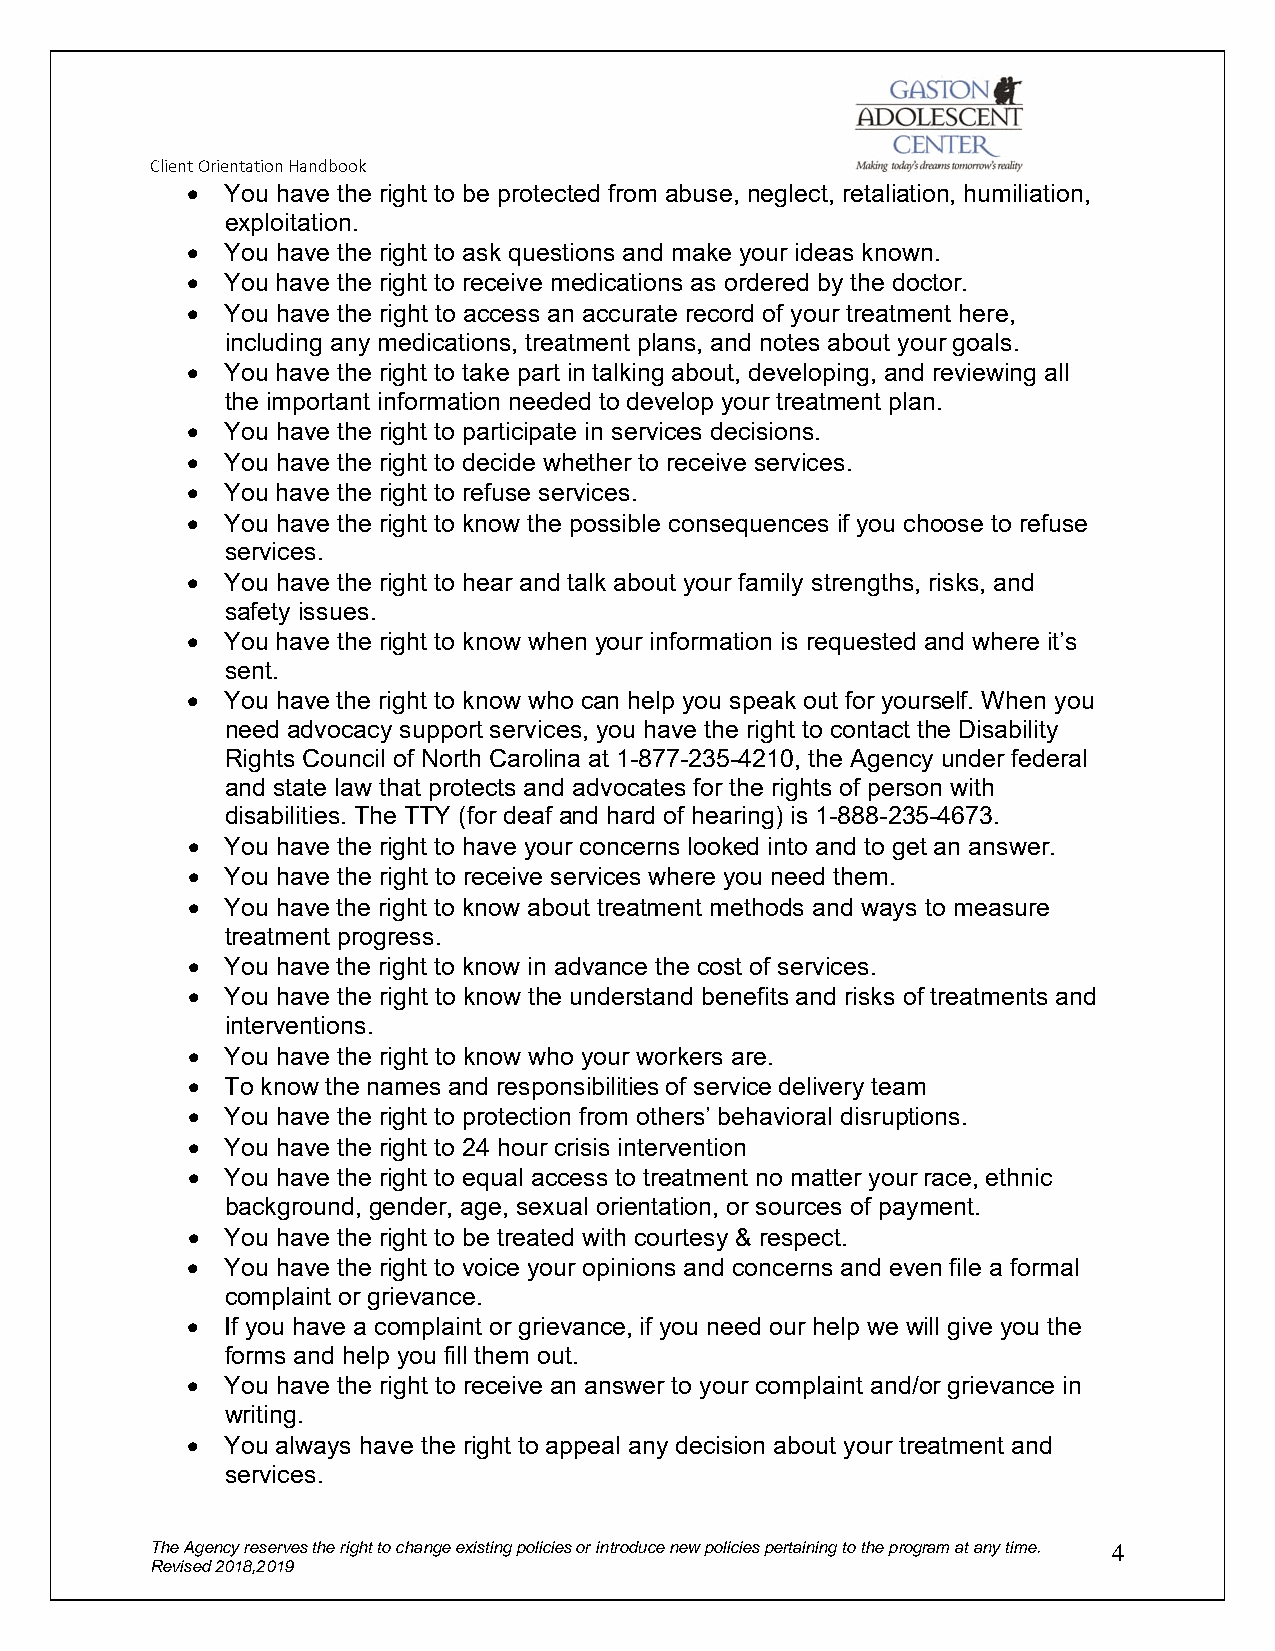
Client Orientation Handbook
   You have the right to be protected from abuse, neglect, retaliation, humiliation,
 exploitation.
   You have the right to ask questions and make your ideas known.
   You have the right to receive medications as ordered by the doctor.
   You have the right to access an accurate record of your treatment here,
 including any medications, treatment plans, and notes about your goals.
   You have the right to take part in talking about, developing, and reviewing all
 the important information needed to develop your treatment plan.
   You have the right to participate in services decisions.
   You have the right to decide whether to receive services.
   You have the right to refuse services.
   You have the right to know the possible consequences if you choose to refuse
 services.
   You have the right to hear and talk about your family strengths, risks, and
 safety issues.
   You have the right to know when your information is requested and where it’s
 sent.
   You have the right to know who can help you speak out for yourself. When you
 need advocacy support services, you have the right to contact the Disability
 Rights Council of North Carolina at 1-877-235-4210, the Agency under federal
 and state law that protects and advocates for the rights of person with
 disabilities. The TTY (for deaf and hard of hearing) is 1-888-235-4673.
   You have the right to have your concerns looked into and to get an answer.
   You have the right to receive services where you need them.
   You have the right to know about treatment methods and ways to measure
 treatment progress.
   You have the right to know in advance the cost of services.
   You have the right to know the understand benefits and risks of treatments and
 interventions.
   You have the right to know who your workers are.
   To know the names and responsibilities of service delivery team
   You have the right to protection from others’ behavioral disruptions.
   You have the right to 24 hour crisis intervention
   You have the right to equal access to treatment no matter your race, ethnic
 background, gender, age, sexual orientation, or sources of payment.
   You have the right to be treated with courtesy & respect.
   You have the right to voice your opinions and concerns and even file a formal
 complaint or grievance.
   If you have a complaint or grievance, if you need our help we will give you the
 forms and help you fill them out.
   You have the right to receive an answer to your complaint and/or grievance in
 writing.
   You always have the right to appeal any decision about your treatment and
 services.
 The Agency reserves the right to change existing policies or introduce new policies pertaining to the program at any time. 4
 Revised 2018,2019